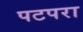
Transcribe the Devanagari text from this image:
पटपरा